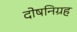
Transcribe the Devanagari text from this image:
दोषनिग्रह